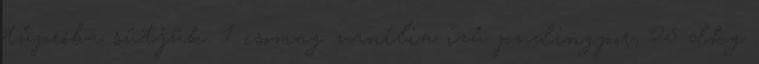
tűpróba sütjük. 1 csomag vanília ízű pudingpor, 25 dkg